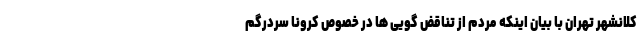
کلانشهر تهران با بیان اینکه مردم از تناقض گویی ها در خصوص کرونا سردرگم